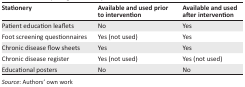
| Stationery | Available and used prior to intervention | Available and used after intervention |
 | --- | --- | --- |
 | Patient education leaflets | No | Yes |
 | Foot screening questionnaires | Yes (not used) | Yes |
 | Chronic disease flow sheets | Yes | Yes |
 | Chronic disease register | Yes (not used) | Yes (not used) |
 | Educational posters | No | No |